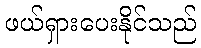
ဖယ်ရှားပေးနိုင်သည်